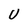
Character: U